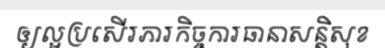
ឲ្យល្អប្រសើរភារកិច្ចការធានាសន្តិសុខ